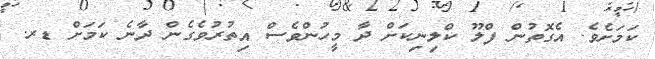
ކަމަށެވެ. އެގޮތުން ފްލޫ ކްލިނިކަށް ދާ މީހުންވެސް އިތުރުވެގެން ދާނެ ކަމަށް ޑރ.